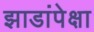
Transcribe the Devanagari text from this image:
झाडांपेक्षा